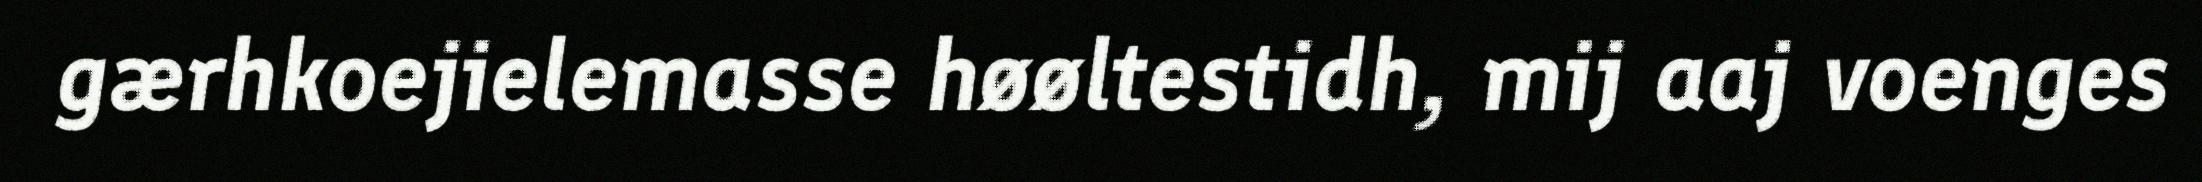
gærhkoejielemasse høøltestidh, mij aaj voenges